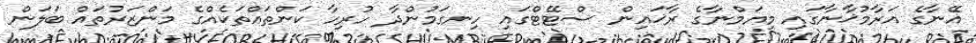
އޭނާގެ އަރާމުޚާނާގައި މިޔަމްނާގެ ރާޚައިން ސްޓޭޓްގައި ހިނގަމުންދާ ހުރިހާ ކަންތައްތަކެއްގެ މަންޒަރުތައް ބަލަން